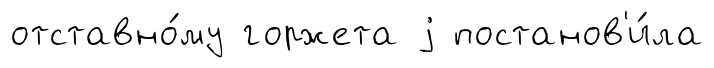
отставно́му горжета j постанов'и́ла